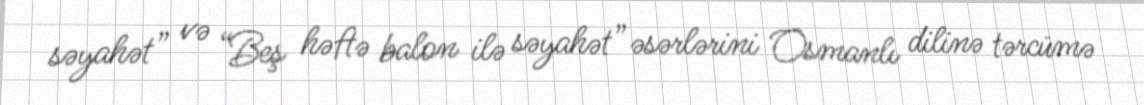
səyahət” və “Beş həftə balon ilə səyahət” əsərlərini Osmanlı dilinə tərcümə